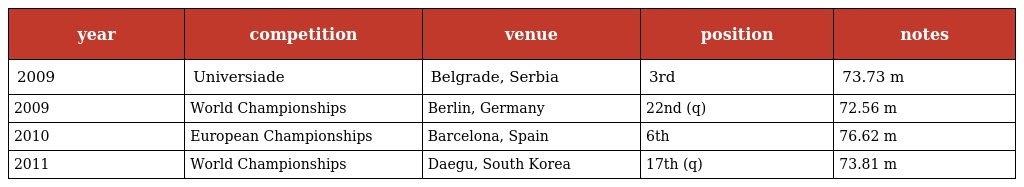
| year | competition | venue | position | notes |
 | --- | --- | --- | --- | --- |
 | 2009 | Universiade | Belgrade, Serbia | 3rd | 73.73 m |
 | 2009 | World Championships | Berlin, Germany | 22nd (q) | 72.56 m |
 | 2010 | European Championships | Barcelona, Spain | 6th | 76.62 m |
 | 2011 | World Championships | Daegu, South Korea | 17th (q) | 73.81 m |